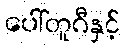
ပေါ်တူဂီနှင့်